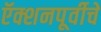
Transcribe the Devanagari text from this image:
ऍक्शनपूर्वीचे